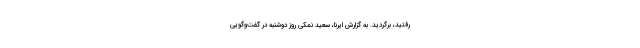
رفتید، برگردید. به گزارش ایرنا، سعید نمکی روز دوشنبه در گفت‌وگویی